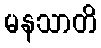
မနသာတိ